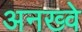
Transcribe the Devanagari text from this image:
अनख्वे